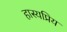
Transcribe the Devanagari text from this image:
हास्यप्रिय